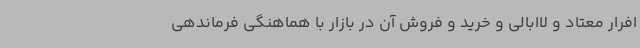
افرار معتاد و لاابالی و خرید و فروش آن در بازار با هماهنگی فرماندهی